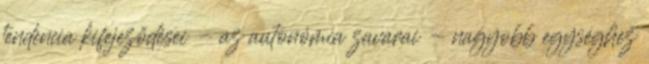
tendencia kifejeződései - az autonómia zavarai - nagyobb egységhez